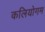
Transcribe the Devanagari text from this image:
कलियोगम